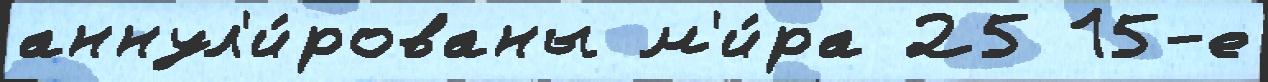
аннул'и́рованы м'и́ра 25 15-е